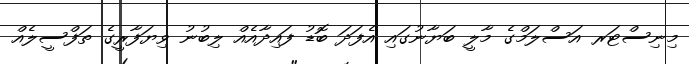
މިނިސްޓަރ އަސްލަމްގެ މާލީ ބަޔާނުގައި އެފަދަ ބޮޑު ފައިދާއެއް ލިބުނު ވިޔަފާރީގެ ތަފްސީލެއް